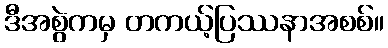
ဒီအစွဲကမှ တကယ့်ပြဿနာအစစ်။